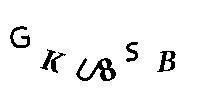
GKU8SB